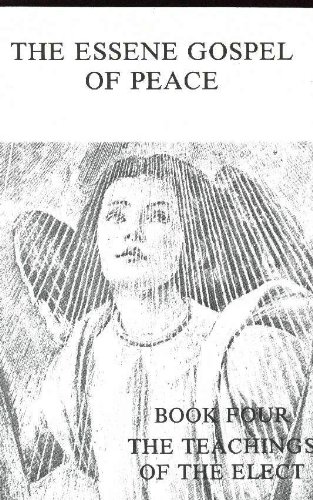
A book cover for Essene Gospel of Peace, Book Four:  The Teachings of the Elect; Christian Books & Bibles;